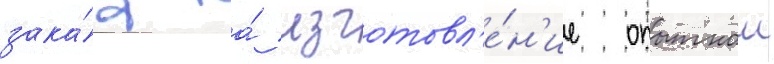
зака́з на́ изготовл'е́н'ие опытнои